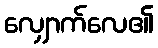
လျှောက်လေ၏